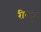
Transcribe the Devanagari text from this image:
रीव्ह्यू